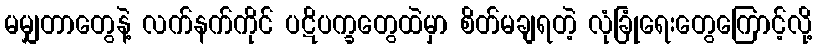
မမျှတာတွေနဲ့ လက်နက်ကိုင် ပဋိပက္ခတွေထဲမှာ စိတ်မချရတဲ့ လုံခြုံရေးတွေကြောင့်လို့